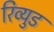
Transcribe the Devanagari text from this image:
रिव्युड